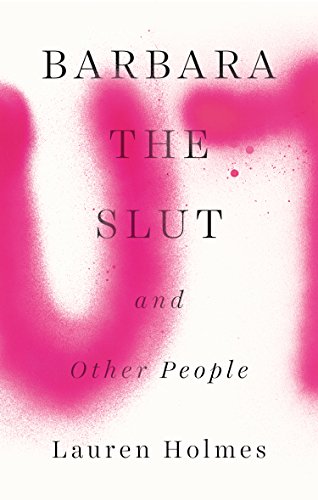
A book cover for Barbara the Slut and Other People; Lauren Holmes; Literature & Fiction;